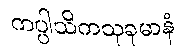
ကပ္ပါသိကသုခုမာနံ